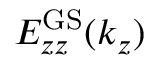
E _ { z z } ^ { \mathrm { G S } } ( k _ { z } )